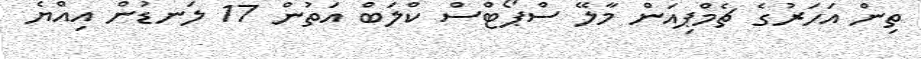
ތިން އަހަރުގެ ޗެމްޕިއަން މާލޭ ސްޕޯޓްސް ކްލަބް އަތުން 17 ލަނޑުން އިއްޔެ